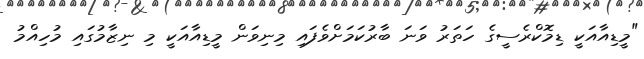
"މީޑިއާއަކީ ޑިމޮކްރެސީގެ ހަތަރު ވަނަ ބާރުކަމަށްވެފައި މިނިވަން މީޑިއާއަކީ މި ނިޒާމުގައި މުހިއްމު